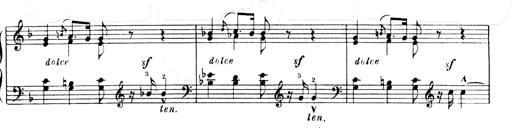
Title: Andante Finale und Marsch aus der Oper KÃ¶nig Alfred
Composer: Franz Liszt